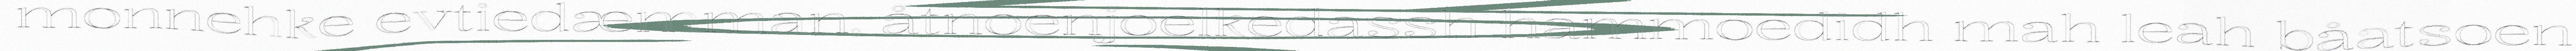
monnehke evtiedæmman, åtnoenjoelkedassh hammoedidh mah leah båatsoen